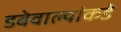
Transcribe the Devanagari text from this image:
डबेवाल्यांकडे